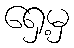
ရှေ့မှ